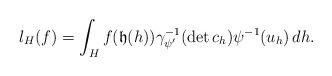
LaTeX: \begin{align*}l_H(f)=\int_Hf(\mathfrak{h}(h))\gamma_{\psi'}^{-1}(\det c_h)\psi^{-1}(u_h)\, dh.\end{align*}